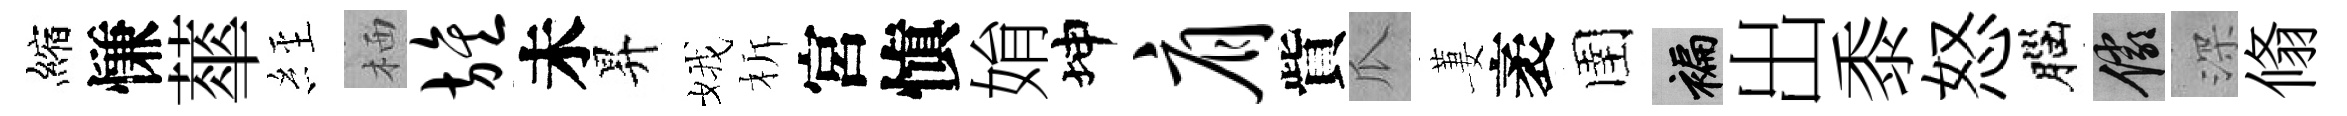
縮慊蕐𦀇栖旌未昇娥柝宮愼姢坤肩貲瓜萋袤圉褊出黍怒腦儼深翛